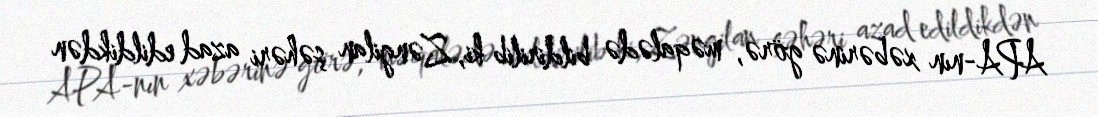
APA-nın xəbərinə görə, məqalədə bildirilib ki, Zəngilan şəhəri azad edildikdən